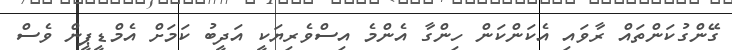
ގޭންގުކަންތައް ރާވައި އެކަންކަން ހިންގާ އެންމެ އިސްވެރިޔަކީ އަދީބު ކަމަށް އެމްޑީޕީން ވެސް